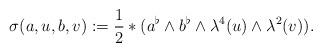
LaTeX: \begin{align*} \sigma(a, u, b, v) := \frac12 \ast (a^\flat \wedge b^\flat \wedge \lambda^4(u) \wedge \lambda^2(v)).\end{align*}